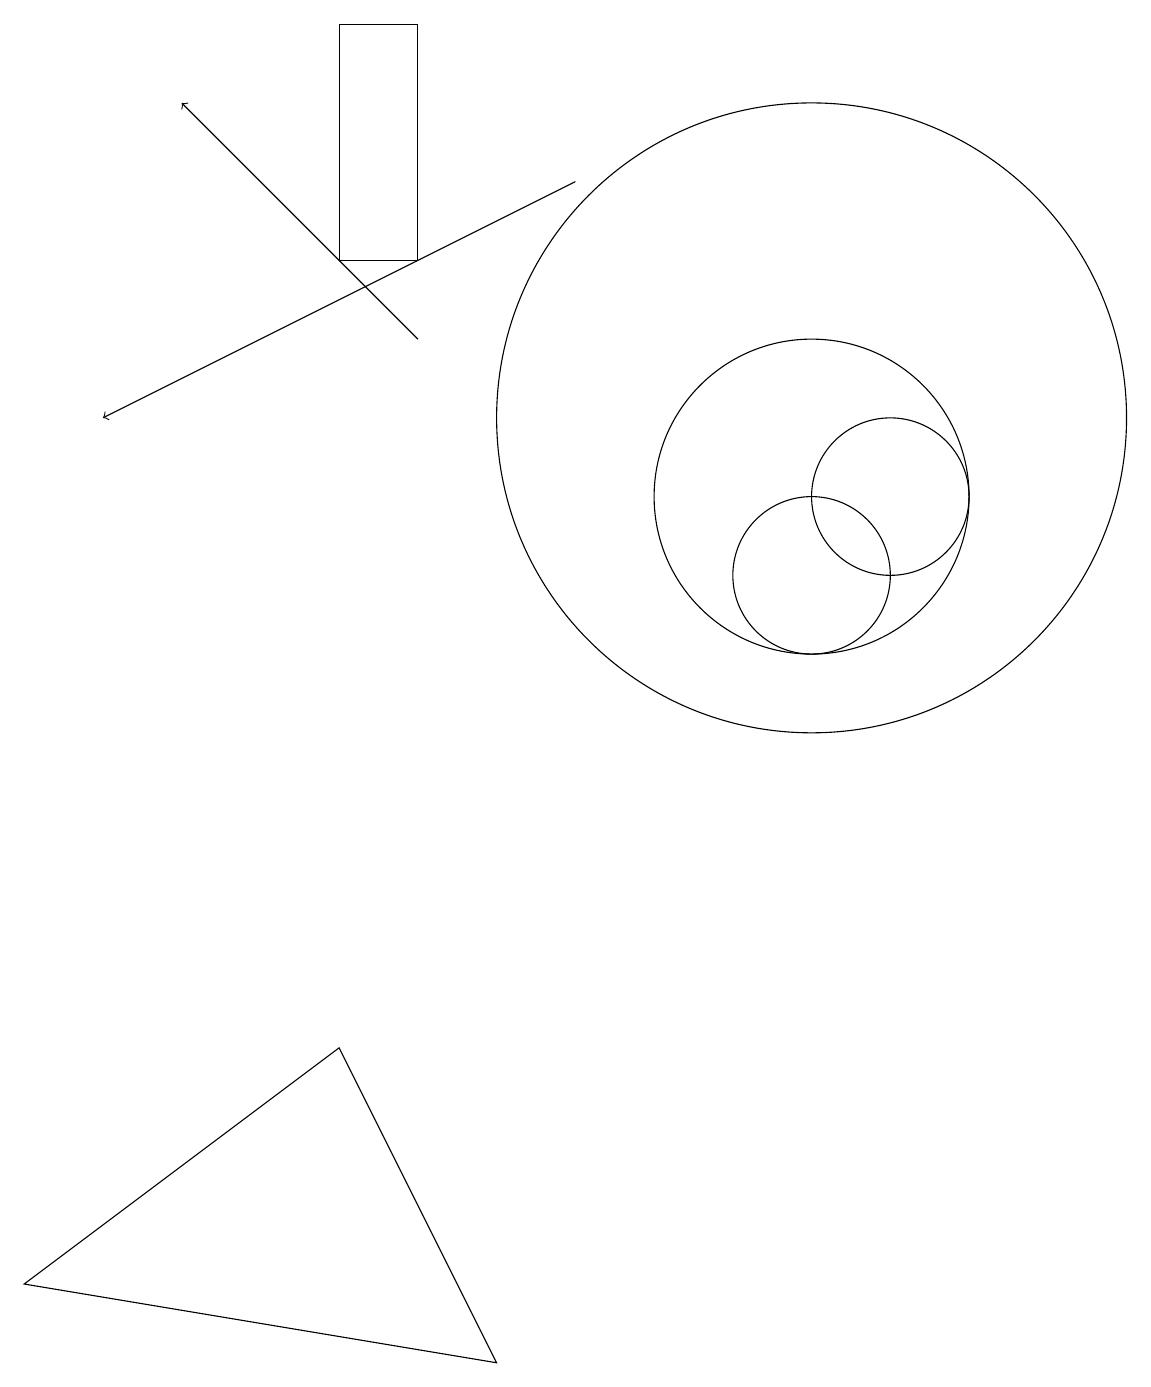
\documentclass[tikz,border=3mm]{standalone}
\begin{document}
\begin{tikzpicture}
\draw (10,12) circle (4);
\draw (10,10) circle (1);
\draw (4,4) -- (6,0) -- (0,1) -- cycle;
\draw (10,11) circle (2);
\draw[->] (5,13) -- (2,16);
\draw (11,11) circle (1);
\draw[->] (7,15) -- (1,12);
\draw (4,17) rectangle (5,14);
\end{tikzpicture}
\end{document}